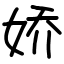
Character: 娇